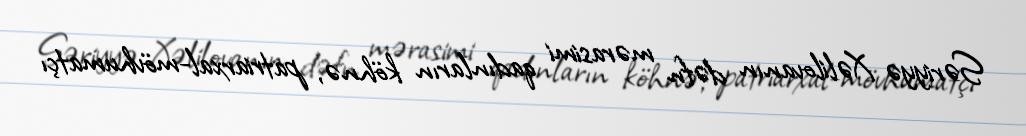
Səriyyə Xəlilovanın dəfn mərasimi qadınların köhnə, patriarxal-mövhumatçı